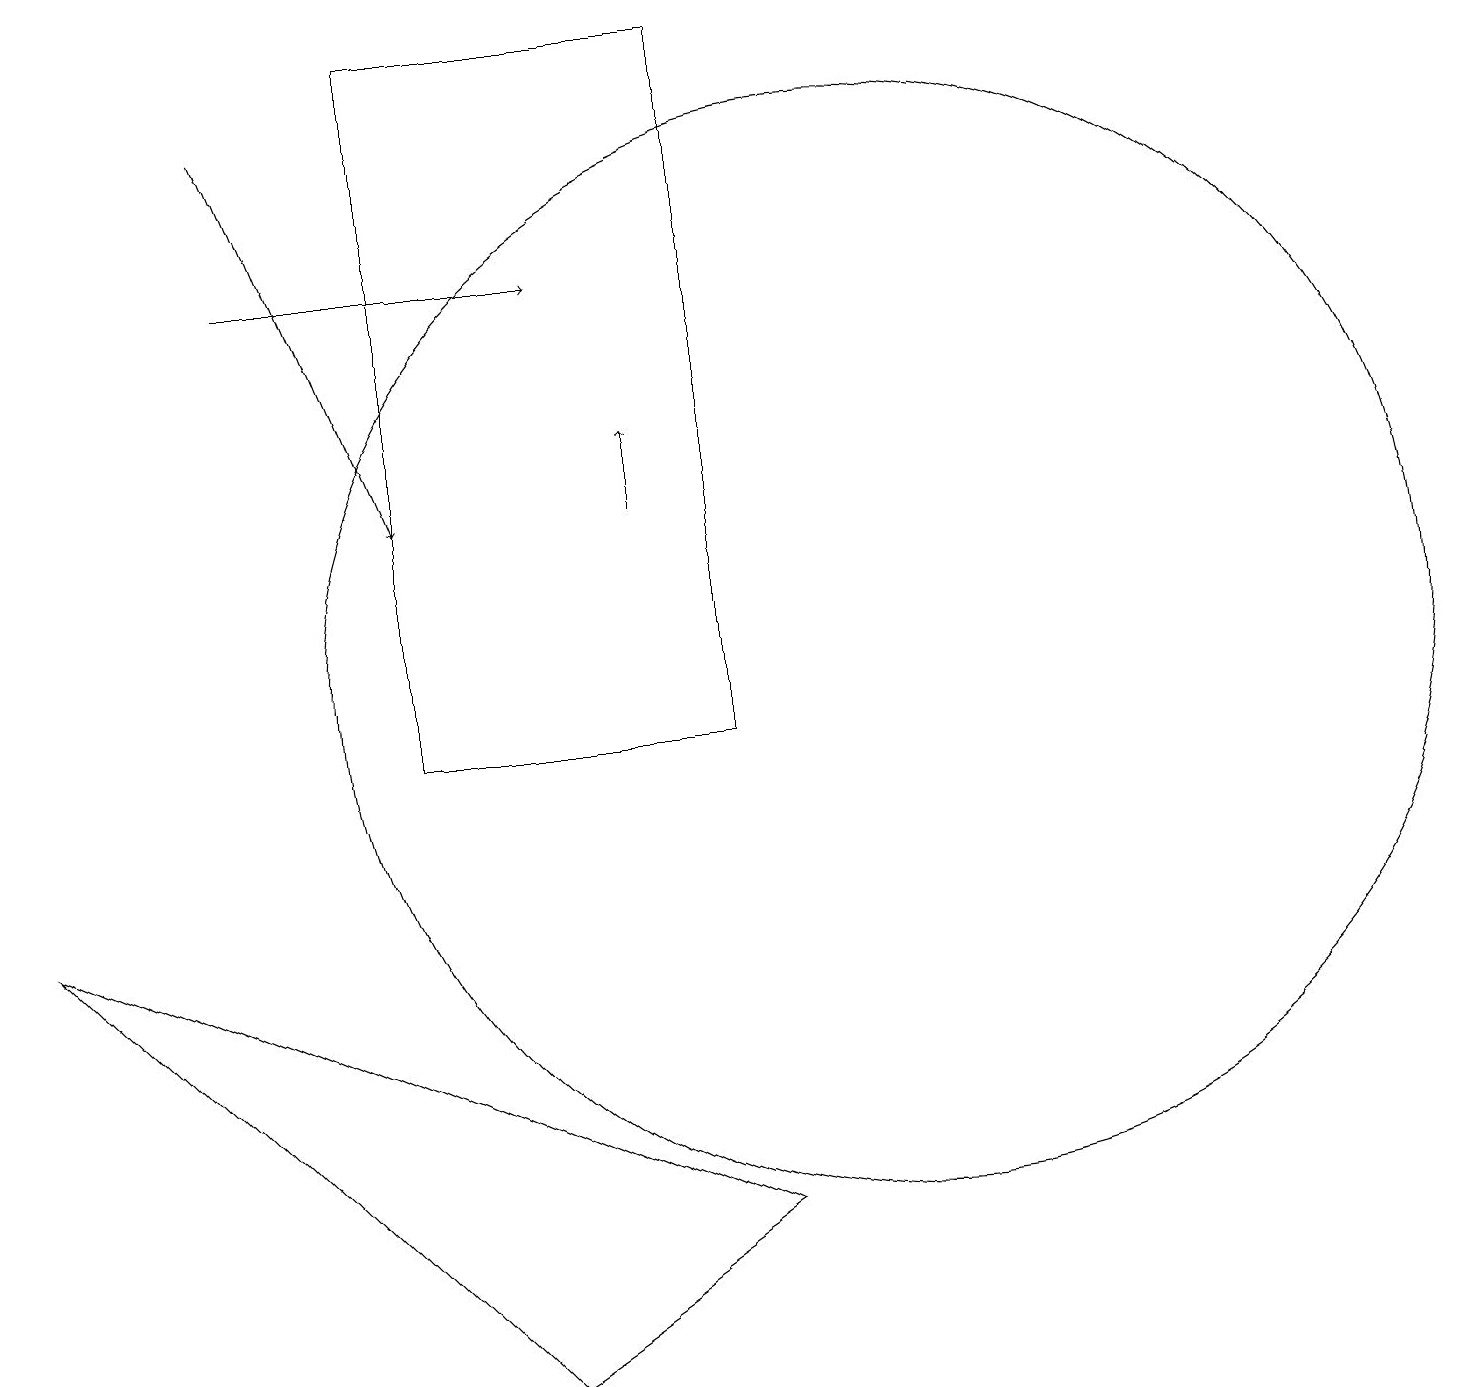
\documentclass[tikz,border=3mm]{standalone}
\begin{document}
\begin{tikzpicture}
\draw (5,10) rectangle (9,19);
\draw[->] (8,13) -- (8,14);
\draw (11,11) circle (7);
\draw[->] (3,16) -- (7,16);
\draw (6,2) -- (0,8) -- (9,4) -- cycle;
\draw[->] (3,18) -- (5,13);
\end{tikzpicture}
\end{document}